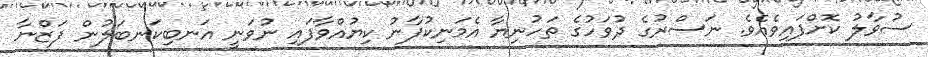
ސުވާލު ކޮށްފައިވެއެވެ. ނަސްރުގެ ދުވަހުގެ ތަހުނިޔާ އެމަނިކުފާނު ކިޔުއްވާފައި ނުވަނީ އަނބިކަނބަލުން ފަޒްނާ